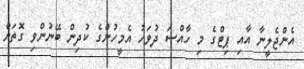
އެންޖެލީނާ އާއި ޕިޓްގެ މި ހާއްސަ ދުވަހު އެމީހުންގެ ކުދިން ބޭނުންވި ގޮތަށް